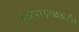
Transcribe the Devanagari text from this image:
नारायणगावजवळील